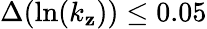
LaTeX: \Delta(\ln(k_{\mathbf{z}}))\leq0.05